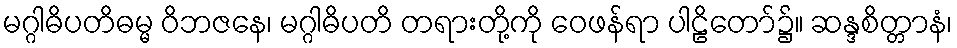
မဂ္ဂါဓိပတိဓမ္မ ဝိဘဇနေ၊ မဂ္ဂါဓိပတိ တရားတို့ကို ဝေဖန်ရာ ပါဠိတော်၌။ ဆန္ဒစိတ္တာနံ၊